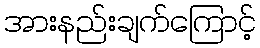
အားနည်းချက်ကြောင့်